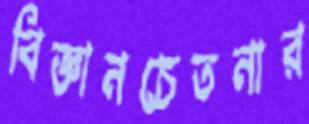
বিজ্ঞানচেতনার